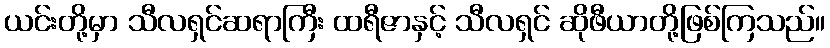
ယင်းတို့မှာ သီလရှင်ဆရာကြီး ထရီဇာနှင့် သီလရှင် ဆိုဖီယာတို့ဖြစ်ကြသည်။